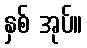
နှစ် အုပ်။